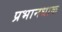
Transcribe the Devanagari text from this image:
प्रभानधाक